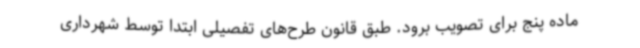
ماده پنج برای تصویب برود. طبق قانون طرح‌های تفصیلی ابتدا توسط شهرداری